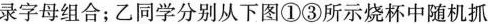
录字母组合；乙同学分别从下图①③所示烧杯中随机抓取一个小球并记录字母组合。下列叙述错误的是()